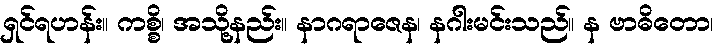
ရှင်ရဟန်း။ ကစ္စိ၊ အသို့နည်း။ နာဂရာဇေန၊ နဂါးမင်းသည်။ န ဗာဓိတော၊